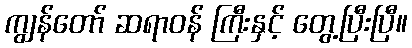
ကျွန်တော် ဆရာဝန် ကြီးနှင့် တွေ့ပြီးပြီ။